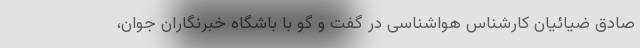
صادق ضیائیان کارشناس هواشناسی در گفت و گو با باشگاه خبرنگاران جوان،